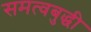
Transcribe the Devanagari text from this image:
समत्वबुद्धी